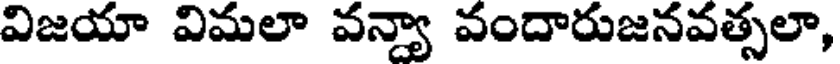
విజయా విమలా వన్యా వందారుజనవత్సలా,